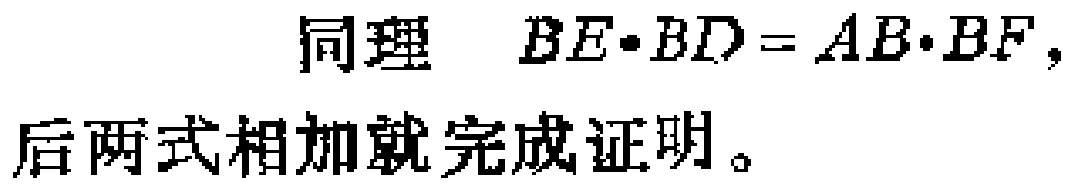
同理 \(BE\cdot BD = AB\cdot BF\)，
后两式相加就完成证明。